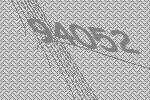
94052